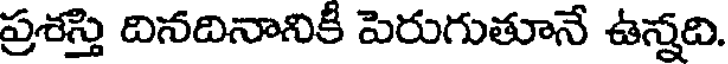
ప్రశస్తి దినదినానికీ పెరుగుతూనే ఉన్నది.